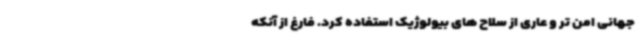
جهانی امن تر و عاری از سلاح های بیولوژیک استفاده کرد. فارغ از آنکه